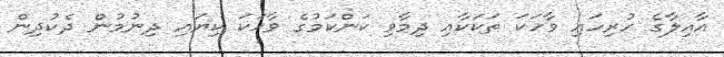
އާއިލާގެ ހުރިހައި ވާހަކަ ތަކަކާއި ދިމާވި ކަންކަމުގެ ވާހަކަ ކިޔައި ދިނުމުން ދެކުދިން